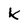
Character: K